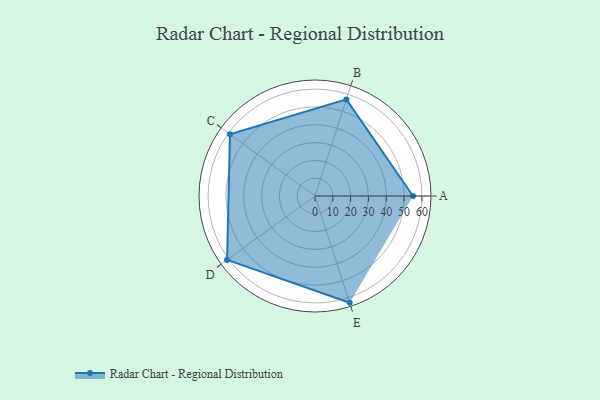
{"axis": {"x": "Skill", "y": "Score"}, "legend": ["Profile"], "data": [{"x": "A", "y": 55.0, "type": "Profile"}, {"x": "B", "y": 57.0, "type": "Profile"}, {"x": "C", "y": 59.0, "type": "Profile"}, {"x": "D", "y": 61.0, "type": "Profile"}, {"x": "E", "y": 63.0, "type": "Profile"}]}